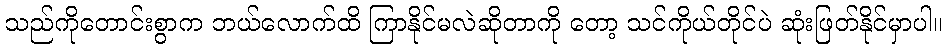
သည်ကိုတောင်းစွာက ဘယ်လောက်ထိ ကြာနိုင်မလဲဆိုတာကို တော့ သင်ကိုယ်တိုင်ပဲ ဆုံးဖြတ်နိုင်မှာပါ။